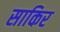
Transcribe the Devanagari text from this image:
साकिर